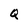
Character: Q